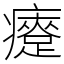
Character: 㿓